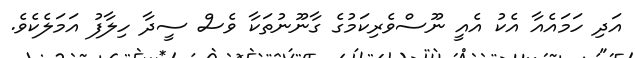
އަދި ހަމައެއާ އެކު އެއީ ނޫސްވެރިކަމުގެ ގާނޫނުތަކާ ވެސް ސީދާ ހިލާފު އަމަލެކެވެ.